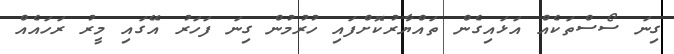
ގިނަ ސޯސްތަކެއް އަޅައިގެން ތައްޔާރުކޮށްފައި ހުރުމުން ގިނަ ފަހަރު އޭގައި މީރު ރަހައެއް